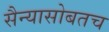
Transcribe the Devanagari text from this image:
सैन्यासोबतच